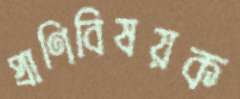
প্রাণিবিষয়ক